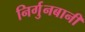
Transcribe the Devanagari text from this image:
निर्गुनबानी